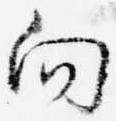
向